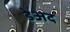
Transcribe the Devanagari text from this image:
डेअद